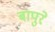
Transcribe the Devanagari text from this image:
बापुरे